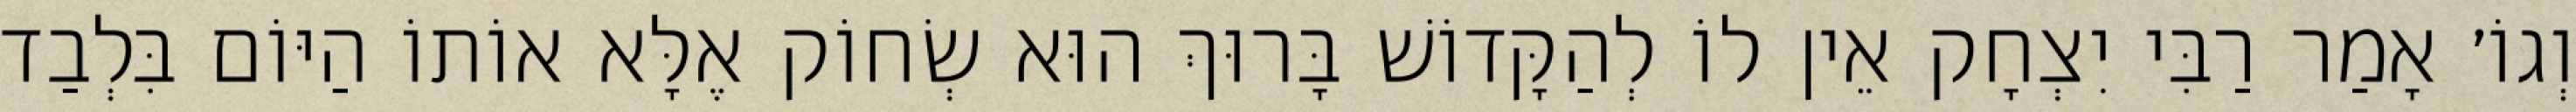
וְגוֹ׳ אָמַר רַבִּי יִצְחָק אֵין לוֹ לְהַקָּדוֹשׁ בָּרוּךְ הוּא שְׂחוֹק אֶלָּא אוֹתוֹ הַיּוֹם בִּלְבַד